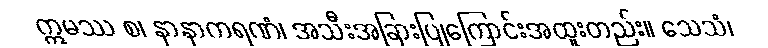
ဣမဿ စ၊ နာနာကရဏံ၊ အသီးအခြားပြုကြောင်းအထူးတည်း။ သေသံ၊